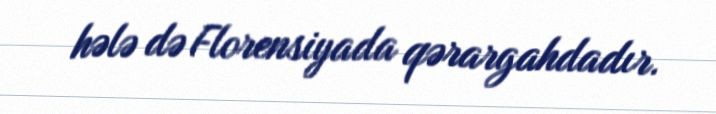
hələ də Florensiyada qərargahdadır.